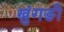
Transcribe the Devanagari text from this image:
ख्रुंगङी